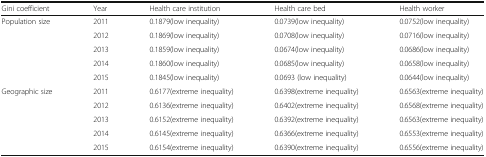
<table><thead><tr><td><b>Gini coefficient</b></td><td><b>Year</b></td><td><b>Health care institution</b></td><td><b>Health care bed</b></td><td><b>Health worker</b></td></tr></thead><tbody><tr><td>Population size</td><td>2011</td><td>0.1879(low inequality)</td><td>0.0739(low inequality)</td><td>0.0752(low inequality)</td></tr><tr><td></td><td>2012</td><td>0.1869(low inequality)</td><td>0.0708(low inequality)</td><td>0.0716(low inequality)</td></tr><tr><td></td><td>2013</td><td>0.1859(low inequality)</td><td>0.0674(low inequality)</td><td>0.0686(low inequality)</td></tr><tr><td></td><td>2014</td><td>0.1860(low inequality)</td><td>0.0685(low inequality)</td><td>0.0658(low inequality)</td></tr><tr><td></td><td>2015</td><td>0.1845(low inequality)</td><td>0.0693 (low inequality)</td><td>0.0644(low inequality)</td></tr><tr><td>Geographic size</td><td>2011</td><td>0.6177(extreme inequality)</td><td>0.6398(extreme inequality)</td><td>0.6563(extreme inequality)</td></tr><tr><td></td><td>2012</td><td>0.6136(extreme inequality)</td><td>0.6402(extreme inequality)</td><td>0.6568(extreme inequality)</td></tr><tr><td></td><td>2013</td><td>0.6152(extreme inequality)</td><td>0.6392(extreme inequality)</td><td>0.6563(extreme inequality)</td></tr><tr><td></td><td>2014</td><td>0.6145(extreme inequality)</td><td>0.6366(extreme inequality)</td><td>0.6553(extreme inequality)</td></tr><tr><td></td><td>2015</td><td>0.6154(extreme inequality)</td><td>0.6390(extreme inequality)</td><td>0.6556(extreme inequality)</td></tr></tbody></table>